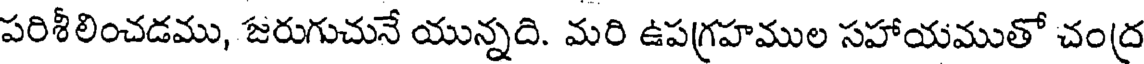
పరిశీలించడము, జరుగుచునే యున్నది. మరి ఉపగ్రహముల సహాయముతో చంద్ర